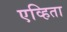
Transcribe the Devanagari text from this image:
एव्हिता